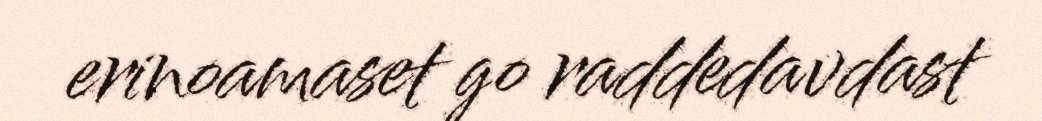
erinoamaset go raddedavdast